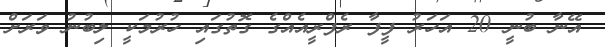
އޭނާ ބުނީ 20 އަހަރު ފީފާ ރެފްރީއެއްގެ ގޮތުގައި ހުރުމަކީ ލިބުނު ވަރަށް